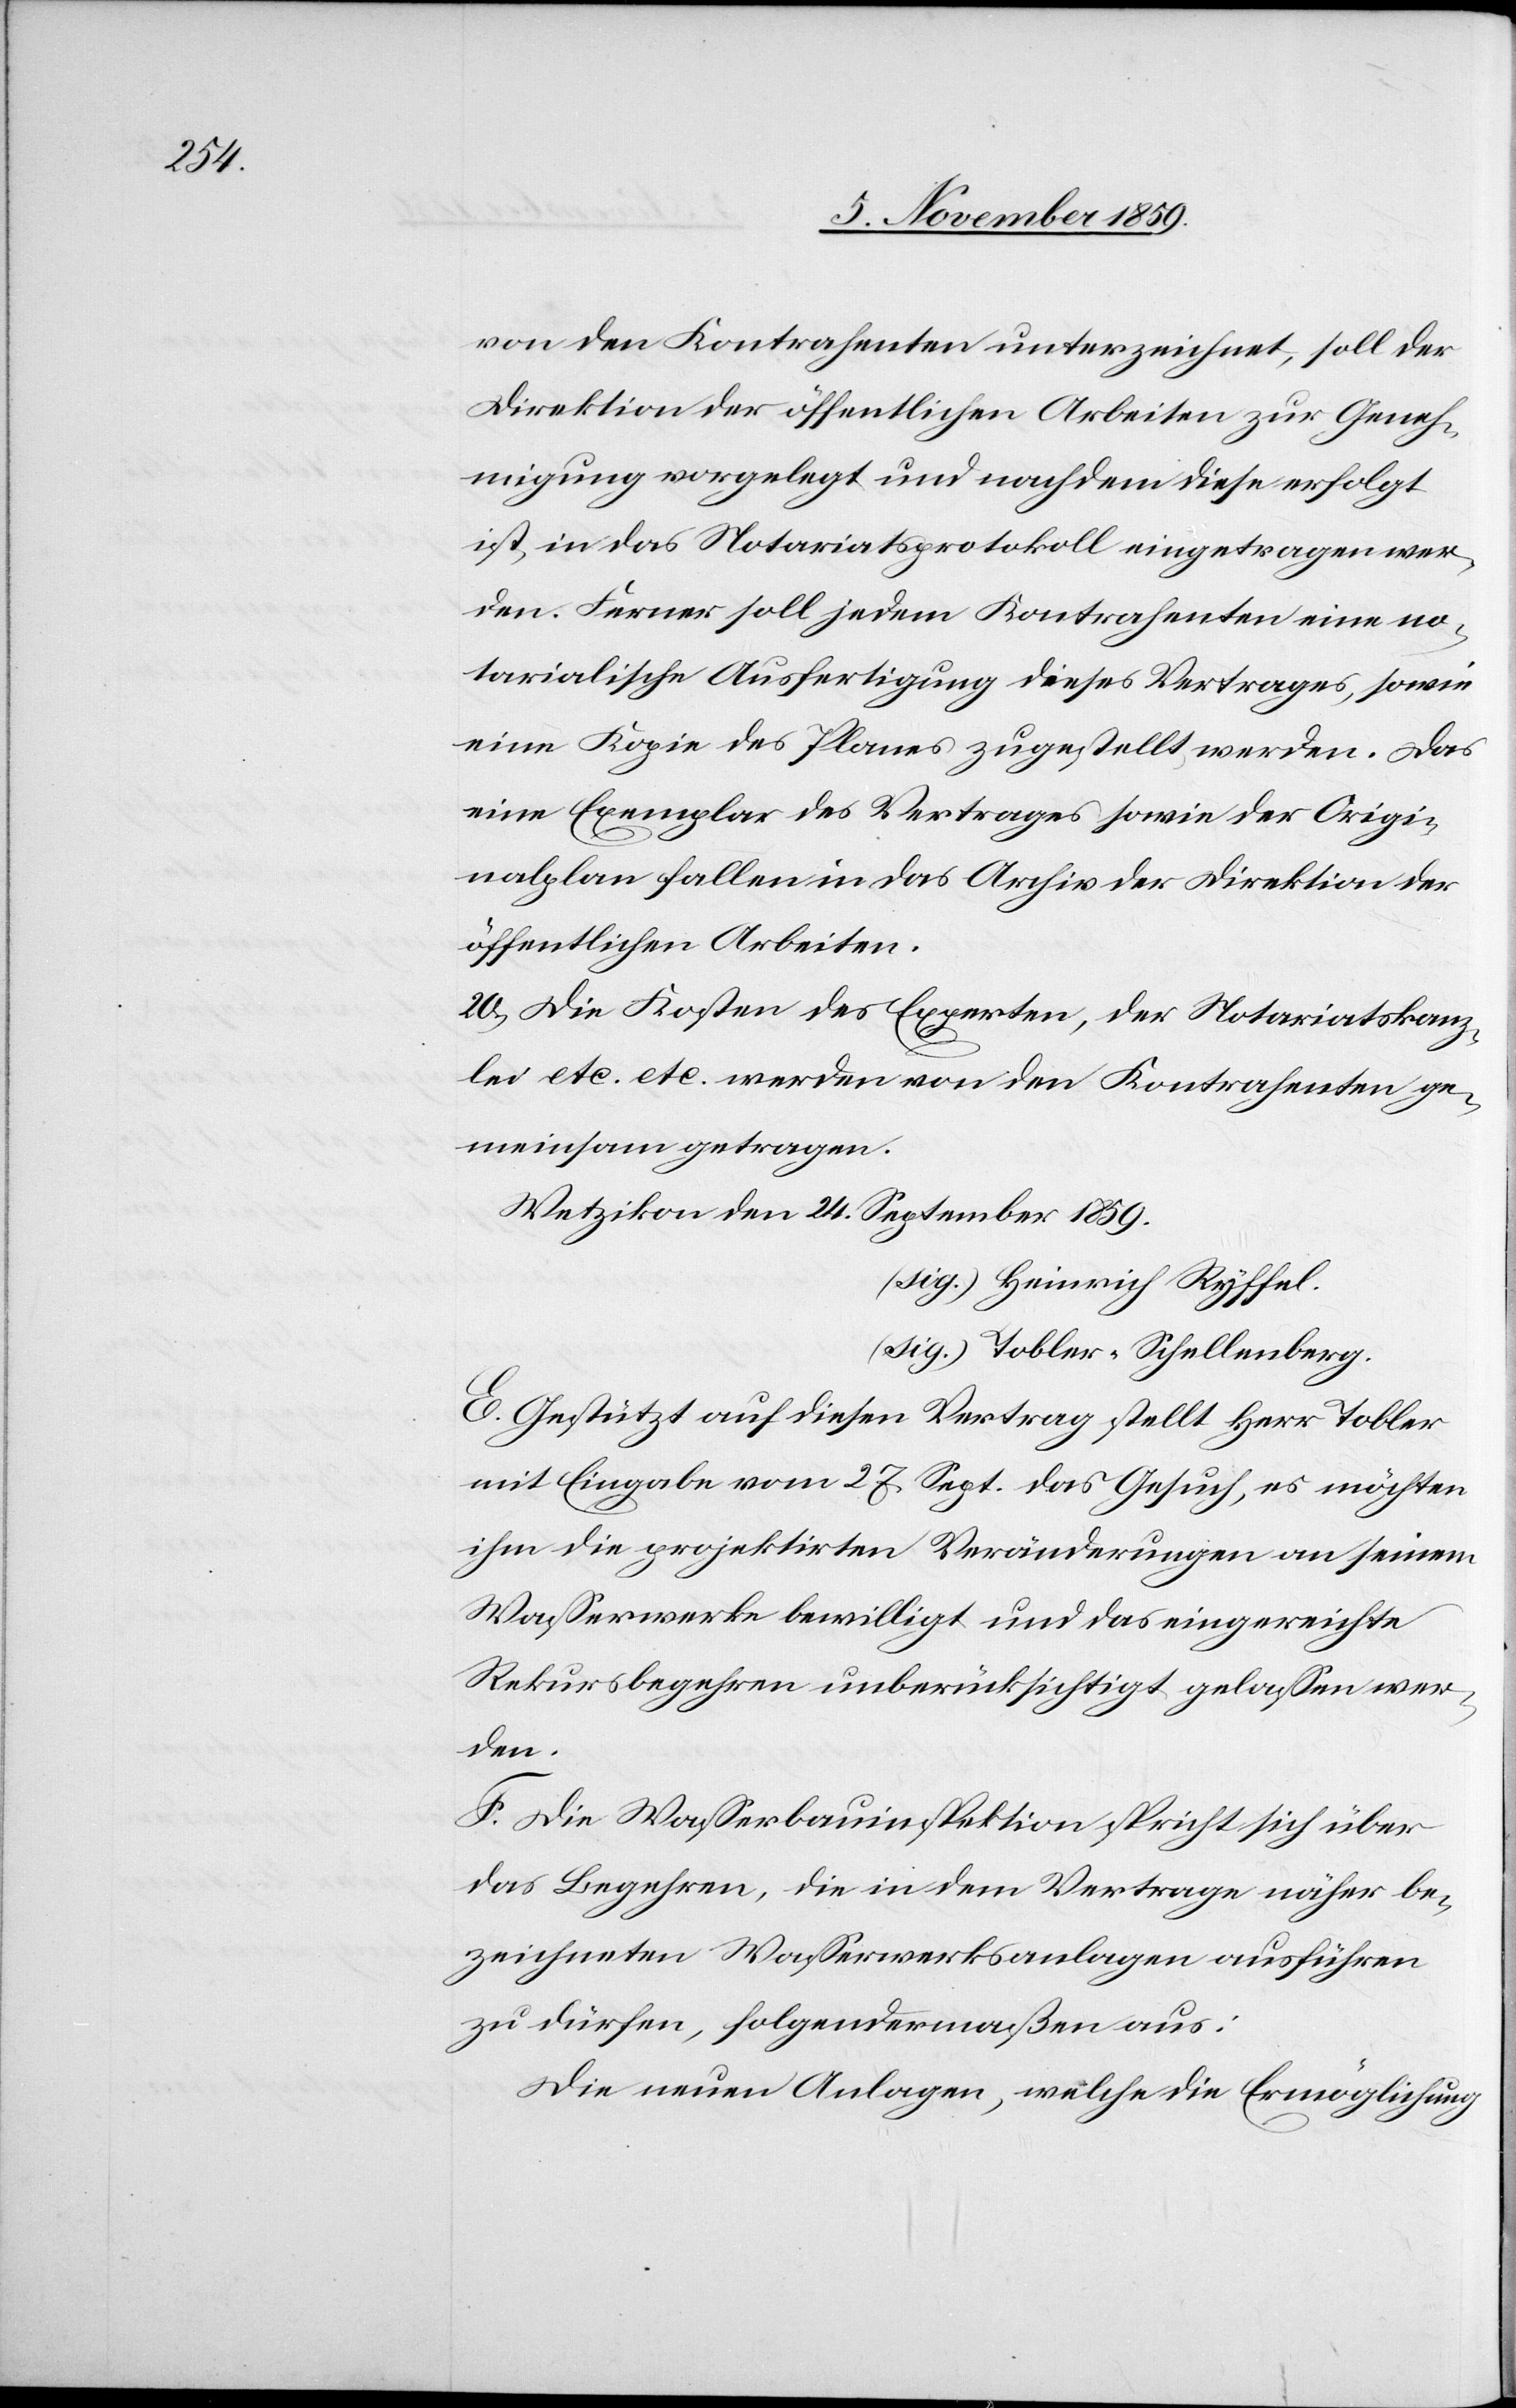
von den Kontrahenten unterzeichnet, soll der
Direktion der öffentlichen Arbeiten zur Geneh¬
migung vorgelegt und nachdem diese erfolgt
ist, in das Notariatsprotokoll eingetragen wer¬
den. Ferner soll jedem Kontrahenten eine no¬
tarische Ausfertigung dieses Vertrages, sowie
eine Kopie des Planes zugestellt werden. Das
eine Exemplar des Vertrages sowie der Origi¬
nalplan fallen in das Archiv der Direktion der
öffentlichen Arbeiten.
20) Die Kosten des Experten, der Notariatskanz¬
lei etc. etc. werden von den Kontrahenten ge¬
meinsam getragen.
Wetzikon den 24. September 1859.
(sig.) Heinrich Ryffel.
(sig.) Tobler-Schellenberg.
E. Gestützt auf diesen Vertrag stellt Herr Tobler
mit Eingabe vom 27. Sept. das Gesuch, es möchten
ihm die projektirten Veränderungen an seinem
Wasserwerke bewilligt und das eingereichte
Rekursbegehren unberücksichtigt gelassen wer¬
den.
F. Die Wasserbauinspektion spricht sich über
das Begehren, die in dem Vertrage näher be¬
zeichneten Wasserwerksanlagen ausführen
zu dürfen, folgendermaßen aus:
Die neuen Anlagen, welche die Ermöglichung